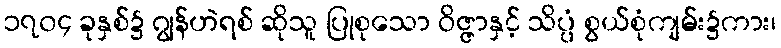
၁၇၀၄ ခုနှစ်၌ ဂျွန်ဟဲရစ် ဆိုသူ ပြုစုသော ဝိဇ္ဇာနှင့် သိပ္ပံ စွယ်စုံကျမ်း၌ကား၊